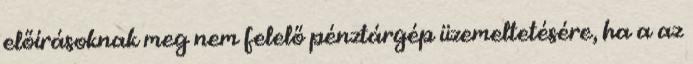
előírásoknak meg nem felelő pénztárgép üzemeltetésére, ha a az